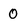
Character: 0